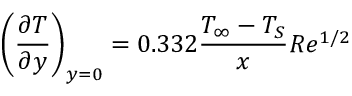
\left( { \frac { \partial T } { \partial y } } \right) _ { y = 0 } = 0 . 3 3 2 { \frac { T _ { \infty } - T _ { S } } { x } } R e ^ { 1 / 2 }